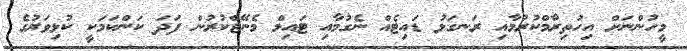
މީހުންނަށް އިހުތިރާމްކުރުމާއި ރަނގަޅު ޑައިޓެއް ނެގުމާއި ޓައިމް މެނޭޖްކުރުން ފަދަ ކަންކަމަކީ ކުޅިވަރުގެ